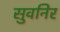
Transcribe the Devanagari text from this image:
सुवनिर